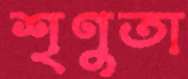
শৃণুতা